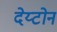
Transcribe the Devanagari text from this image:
देय्टोन